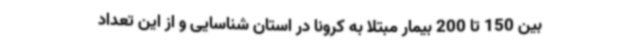
بین 150 تا 200 بیمار مبتلا به کرونا در استان شناسایی و از این تعداد